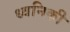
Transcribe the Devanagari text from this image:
ध्‍वनिकी